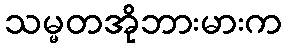
သမ္မတအိုဘားမားက